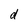
Character: d